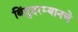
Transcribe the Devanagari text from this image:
बिंदुदरम्यानचे